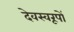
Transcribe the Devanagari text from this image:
देवस्वरूपों